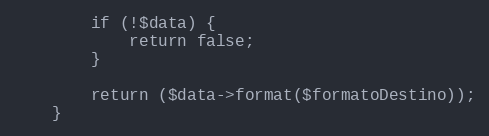
Language: PHP
        if (!$data) {
            return false;
        }

        return ($data->format($formatoDestino));
    }